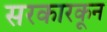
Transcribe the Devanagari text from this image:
सरकारकून